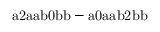
\mathrm { a 2 a a b 0 b b - a 0 a a b 2 b b }